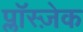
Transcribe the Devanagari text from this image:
प्लाॅस्ज़ेक